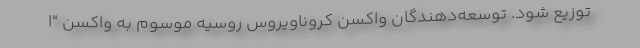
توزیع شود. توسعه‌دهندگان واکسن کروناویروس روسیه موسوم به واکسن "ا